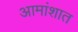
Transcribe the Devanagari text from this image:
आमांशात